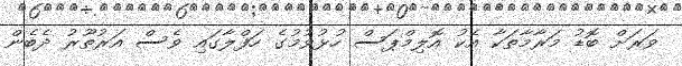
ވަރަށް ބޮޑު މަރާމާތަކާ އެކު އޮލިމްޕަސް ހުޅުވުމުގެ ހަފްލާގައި ވެސް އަރުތޫރު ދެބެން